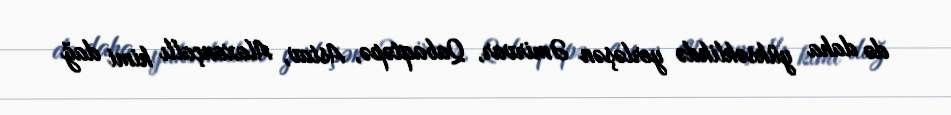
də daha yüksəklikdə yerləşən Əmirvar, Qabaqtəpə, Astav, Alaxançallı kimi dağ